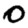
Digit: 0